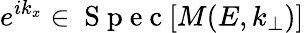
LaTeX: e^{ik_{x}}\in\mathrm{~S~p~e~c~}[M(E,k_{\bot})]